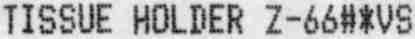
TISSUE HOLDER Z-66#*VS